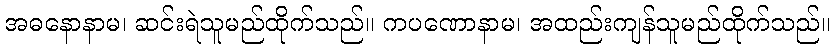
အဓနောနာမ၊ ဆင်းရဲသူမည်ထိုက်သည်။ ကပဏောနာမ၊ အထည်းကျန်သူမည်ထိုက်သည်။